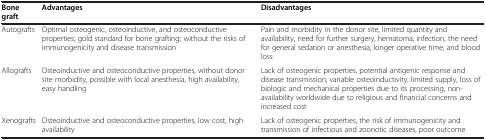
<table><thead><tr><td><b>Bone graft</b></td><td><b>Advantages</b></td><td><b>Disadvantages</b></td></tr></thead><tbody><tr><td>Autografts</td><td>Optimal osteogenic, osteoinductive, and osteoconductive properties; gold standard for bone grafting; without the risks of immunogenicity and disease transmission</td><td>Pain and morbidity in the donor site, limited quantity and availability, need for further surgery, hematoma, infection, the need for general sedation or anesthesia, longer operative time, and blood loss</td></tr><tr><td>Allografts</td><td>Osteoinductive and osteoconductive properties, without donor site morbidity, possible with local anesthesia, high availability, easy handling</td><td>Lack of osteogenic properties, potential antigenic response and disease transmission, variable osteoinductivity, limited supply, loss of biologic and mechanical properties due to its processing, non-availability worldwide due to religious and financial concerns and increased cost</td></tr><tr><td>Xenografts</td><td>Osteoinductive and osteoconductive properties, low cost, high availability</td><td>Lack of osteogenic properties, the risk of immunogenicity and transmission of infectious and zoonotic diseases, poor outcome</td></tr></tbody></table>